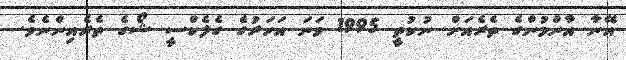
އޭނާ އާންމުންގެ ތެރެއަށް ނުކުތީ 1995 ވަނަ އަހަރުގެ ގެލެކްސީ ޝޯގެ ތެރެއިންނެވެ.